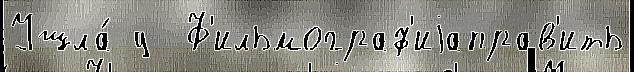
Ушла́ у  Ф'ильмограф'иjаправ'ить